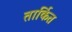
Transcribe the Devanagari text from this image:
तार्कित